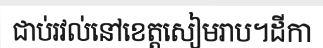
ជាប់រវល់នៅខេត្តសៀមរាប។ដីកា